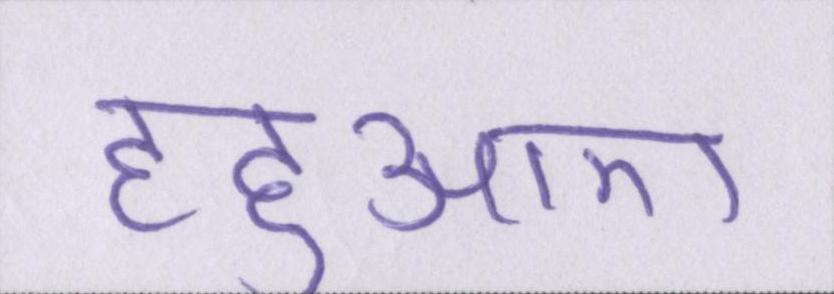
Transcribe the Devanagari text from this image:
हहुआए